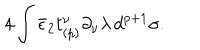
4 \int \bar { \epsilon } _ { 2 } t _ { ( p ) } ^ { \nu } \partial _ { \nu } \lambda \, d ^ { p + 1 } \sigma .